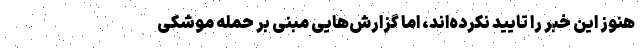
هنوز این خبر را تایید نکرده‌اند، اما گزارش‌هایی مبنی بر حمله موشکی